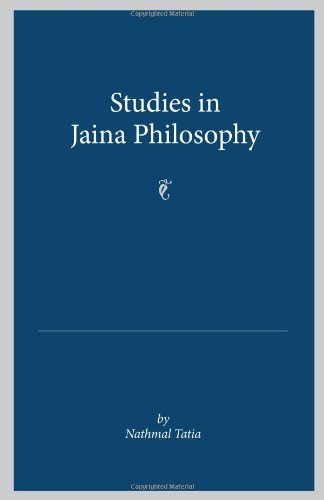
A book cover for Studies in Jaina Philosophy; Nathmal Tatia; Religion & Spirituality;